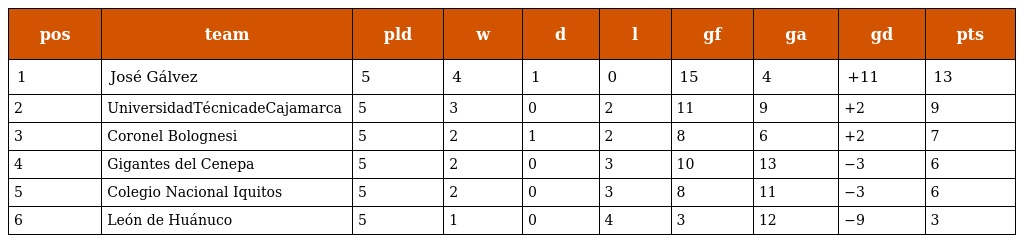
| pos | team | pld | w | d | l | gf | ga | gd | pts |
 | --- | --- | --- | --- | --- | --- | --- | --- | --- | --- |
 | 1 | José Gálvez | 5 | 4 | 1 | 0 | 15 | 4 | +11 | 13 |
 | 2 | UniversidadTécnicadeCajamarca | 5 | 3 | 0 | 2 | 11 | 9 | +2 | 9 |
 | 3 | Coronel Bolognesi | 5 | 2 | 1 | 2 | 8 | 6 | +2 | 7 |
 | 4 | Gigantes del Cenepa | 5 | 2 | 0 | 3 | 10 | 13 | −3 | 6 |
 | 5 | Colegio Nacional Iquitos | 5 | 2 | 0 | 3 | 8 | 11 | −3 | 6 |
 | 6 | León de Huánuco | 5 | 1 | 0 | 4 | 3 | 12 | −9 | 3 |